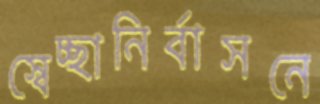
স্বেচ্ছানির্বাসনে